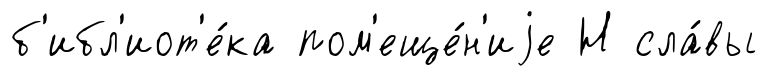
б'ибл'иот'е́ка пом'еще́н'иjе Н сла́вы